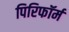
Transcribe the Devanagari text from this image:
पिरिफॉर्म